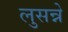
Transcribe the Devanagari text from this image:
लुसन्ने